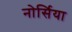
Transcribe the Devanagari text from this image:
नोर्सिया